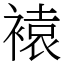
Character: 褤